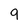
Character: 9